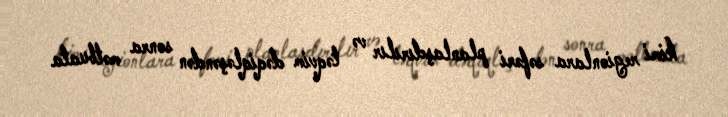
kimi regionlara səfəri planlaşdırılır və təqvim dəqiqləşəndən sonra mətbuata